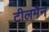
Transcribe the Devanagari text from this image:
टीलमैन